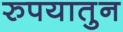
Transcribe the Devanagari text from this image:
रुपयातुन